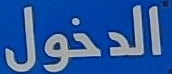
الدخول